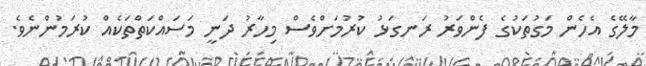
މާލޭގެ އެހެން މަގުތަކުގެ ފެންވަރު ރަނގަޅު ކުރުމަށްވެސް މިހާރު ދަނީ މަސައްކަތްތަކެއް ކުރަމުންނެވެ.